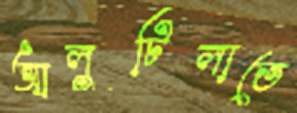
আলুটিলাতে